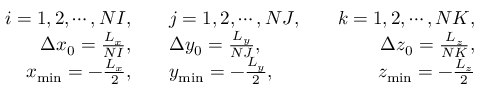
\begin{array} { r l r } { i = 1 , 2 , \cdots , N I , \quad } & { { } j = 1 , 2 , \cdots , N J , \quad } & { k = 1 , 2 , \cdots , N K , } \\ { \Delta x _ { 0 } = \frac { L _ { x } } { N I } , \quad } & { { } \Delta y _ { 0 } = \frac { L _ { y } } { N J } , \quad } & { \Delta z _ { 0 } = \frac { L _ { z } } { N K } , } \\ { x _ { \operatorname* { m i n } } = - \frac { L _ { x } } { 2 } , \quad } & { { } y _ { \operatorname* { m i n } } = - \frac { L _ { y } } { 2 } , \quad } & { z _ { \operatorname* { m i n } } = - \frac { L _ { z } } { 2 } } \end{array}